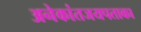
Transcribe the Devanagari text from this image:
अनेकांतजयपताका